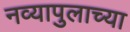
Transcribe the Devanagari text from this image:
नव्यापुलाच्या